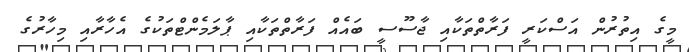
މީގެ އިތުރުން އަސްކަރީ ފަރާތްތަކާއި ޖާސޫސީ ބައެއް ފަރާތްތަކާއި ޕާލަމެންޓްތަކުގެ އެހާރާއި މިހާރުގެ